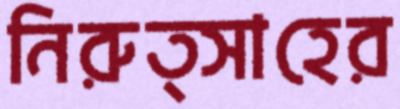
নিরুত্সাহের